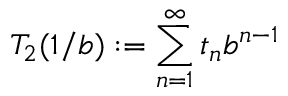
T _ { 2 } ( 1 / b ) : = \sum _ { n = 1 } ^ { \infty } t _ { n } b ^ { n - 1 }